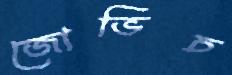
জোভিচ